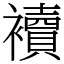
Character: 襩